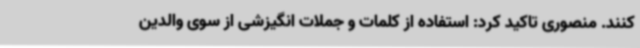
کنند. منصوری تاکید کرد: استفاده از کلمات و جملات انگیزشی از سوی والدین